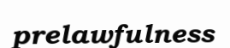
prelawfulness